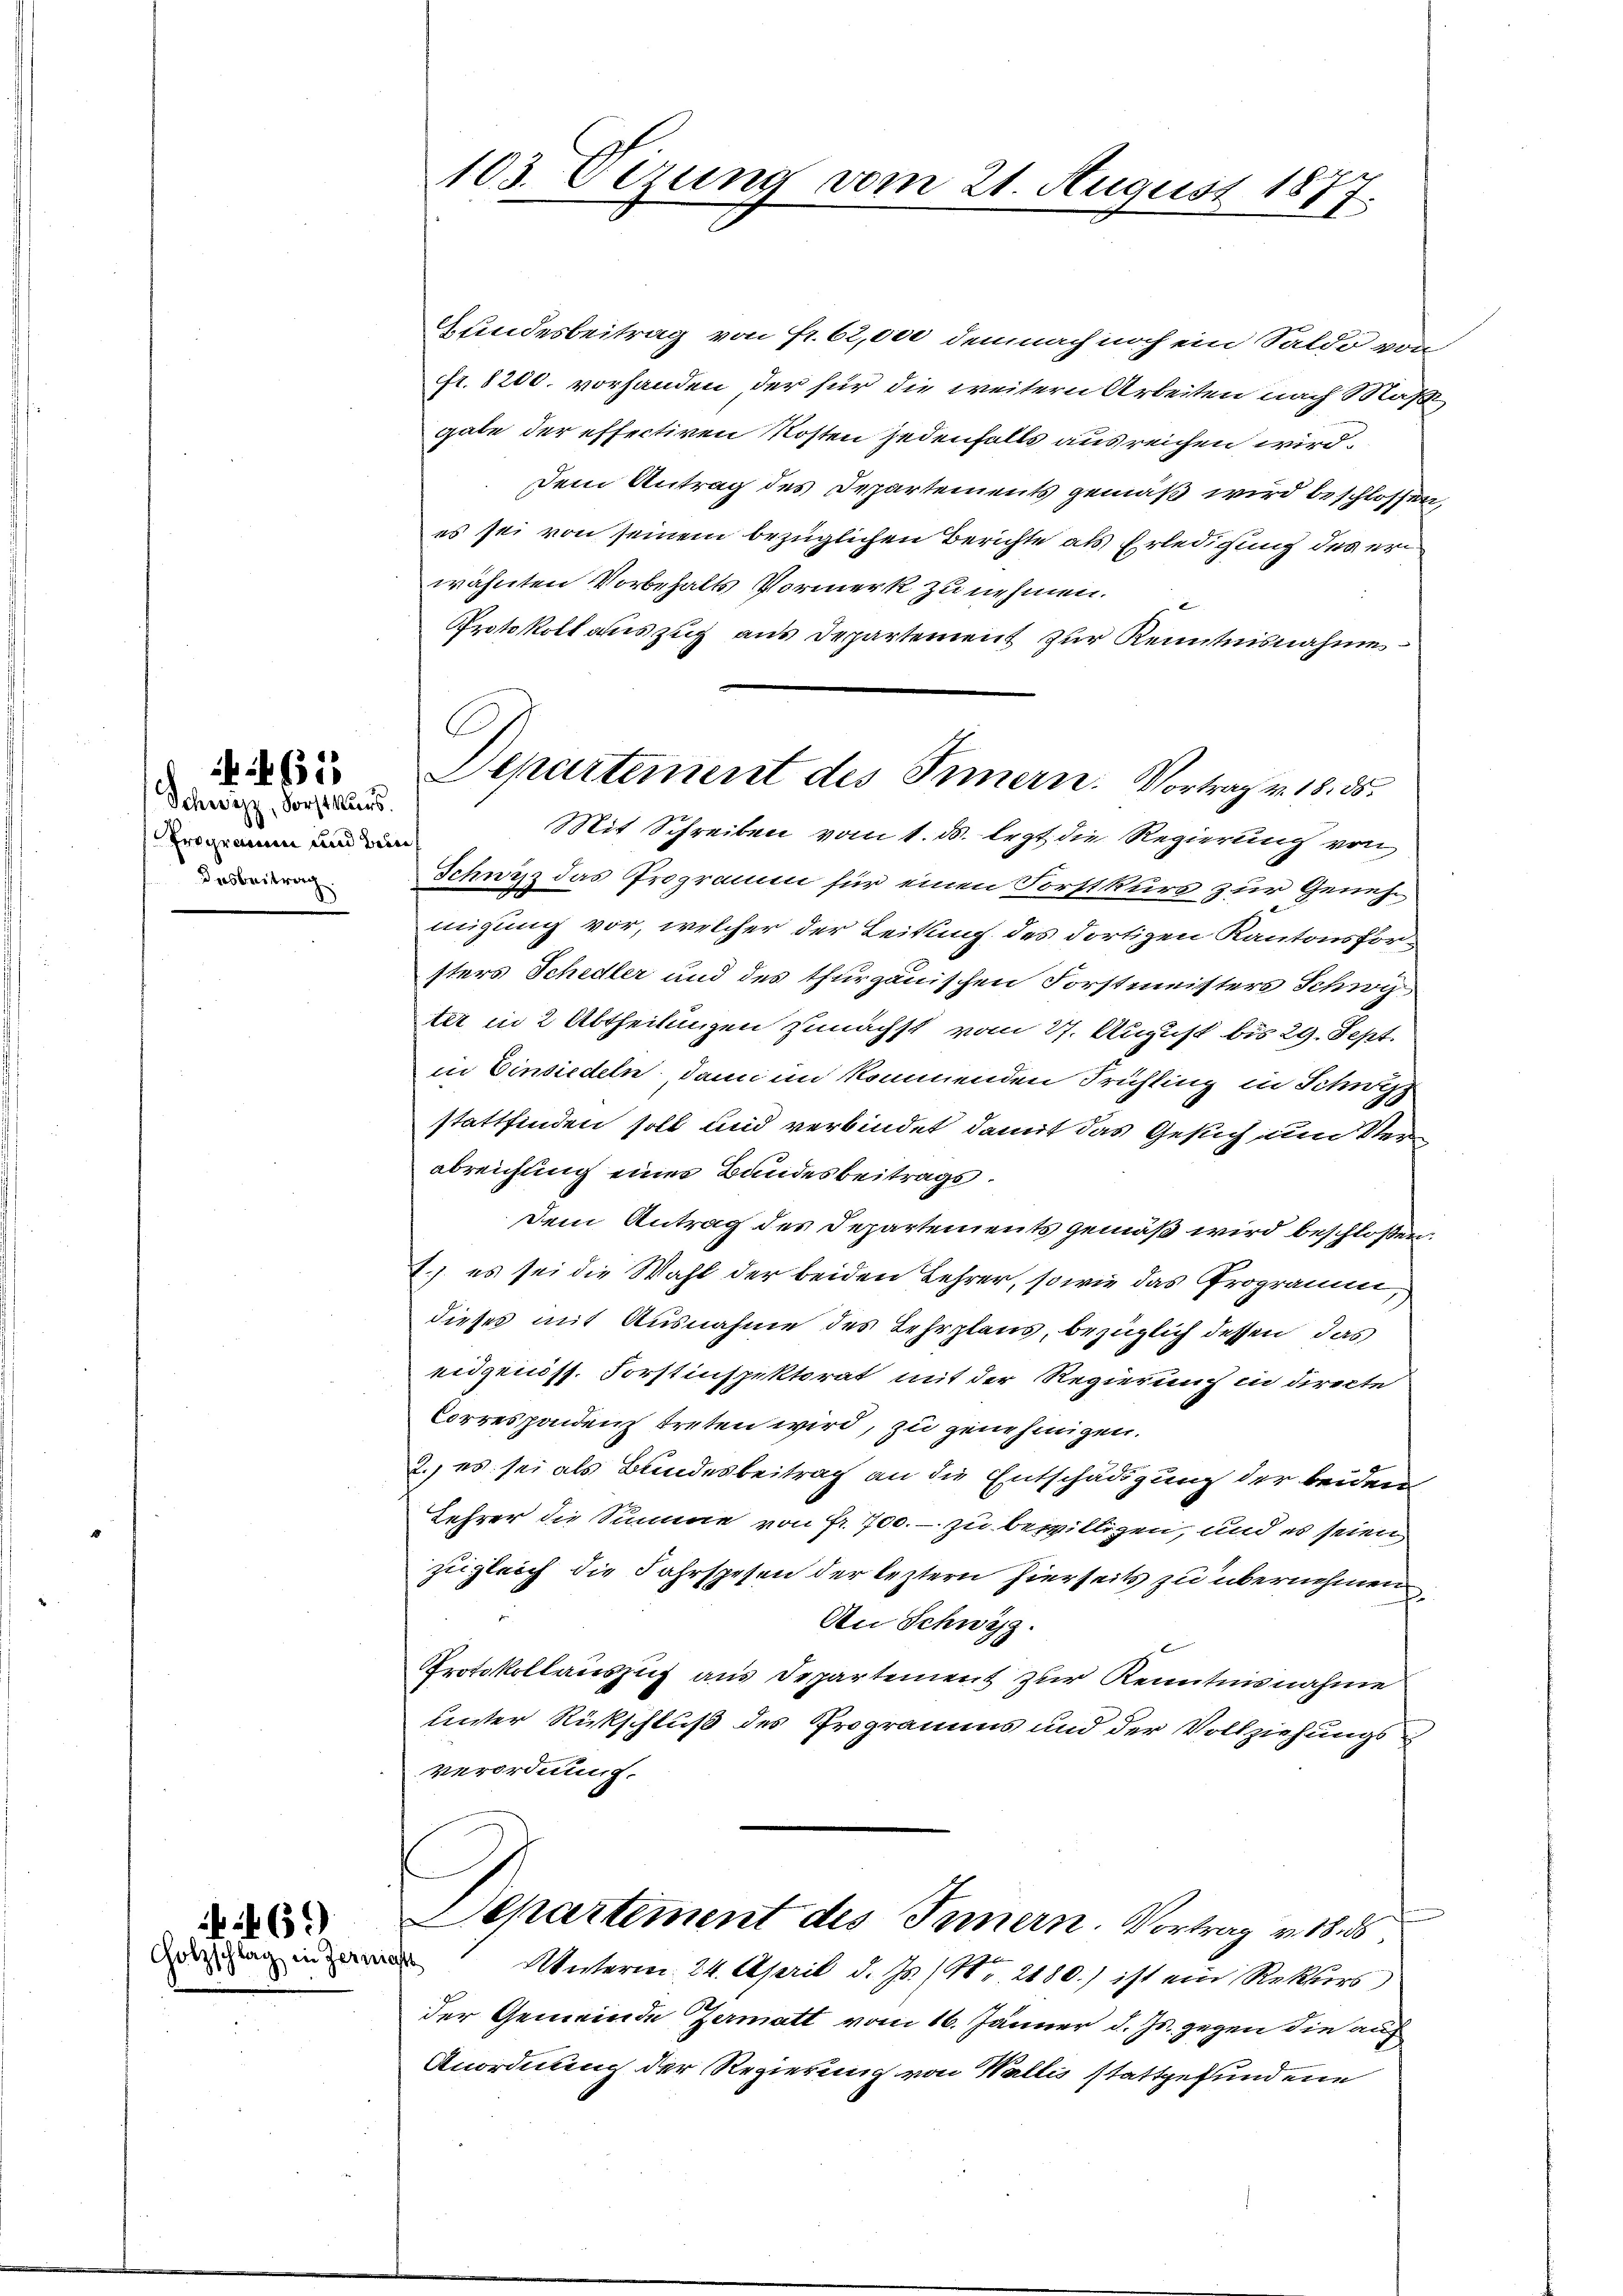
Schwyz, Vorstkurs.
Erogramm und Brie
Dasbeitrag.

65

60)
Holzschlag in Zern

103. Vizung vom 21. August 1877.

C
Departement des Innern. Vortrag v. 18. 55.

Gundesbeitrag von Fr. 62,000 demnach noch ein Saldo von
fr. 8200. vorhanden der für die weitern Arbeiten nach Maß
gate der effectiren Kosten jedenfalls ausreichen wird.
Dem Antrag des Departements gemäß wird beschlossen,
es sei von seinem bezüglichen Berichte als Erledigung des erwähnten Vorbehalts Vormerk zu nehmen.
Protokoll auszug aus Departement zur Kenntnisnahme
Mit Schreiben vom 1. ds. legt die Regierung von
Schwyz das Programm für einen Forstkurs zur Genehmigung vor, welcher der Leitung des dortigen Kantonsforsters Schedler und des thurgauischen Forstmeisters Schwy
ter in 2 Abtheilungen zunächst vom 27. August bis 29. Sept.
in Einsiedeln, dann im kommenden Frühling in Schwyz
stattfinden soll und verbindet, damit das Gesuch um Verabreichung eines Bundesbeitrags¬
Dem Antrag des Departements gemäß wird beschloßen:
1) es sei die Wahl der beiden Lehrer, sowie das Programm,
dieses mit Ausnahme des Lehrplans, bezüglich dessen, das
eidgenöss. Forstinspektorat mit der Regierung in directe
Correspondenz treten wird, zu genehmigen.
2.) es sei als Bundesbeitrag an die Entschädigung der beiden
Lehrer die Summe von fr. 700.- zu bewilligen, und es seien
zugleich die Fahrspesen der leztern hierseits zu übernehmen
An Schwyz.
Protokollauszug aus Departement zur Kenntnisnahme
unter Rückschluß des Programms und der Vollziehungsverordnung.
Departement des Innern. Vortrag v. 18. 5
a
Unterm 24. April d. Js. (Nr. 2180.) ist ein Rekurs
der Gemeinde Zermatt vom 16. Jänner d. Js. gegen die auf
Anordnung der Regierung von Wallis stattgefundene